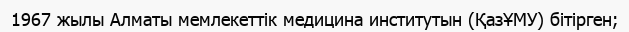
1967 жылы Алматы мемлекеттік медицина институтын (ҚазҰМУ) бітірген;